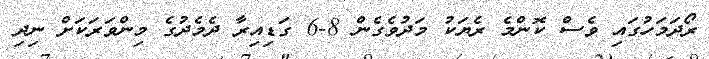
ރޯދަމަހުގައި ވެސް ކޮންމެ ރެޔަކު މަދުވެގެން 8-6 ގަޑިއިރާ ދެމެދުގެ މިންވަރަކަށް ނިދި